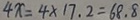
4 x = 4 \times 1 7 . 2 = 6 8 . 8